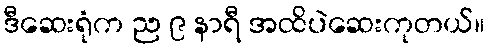
ဒီဆေးရုံက ည ၉ နာရီ အထိပဲဆေးကုတယ်။